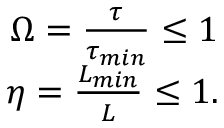
\begin{array} { r } { \Omega = \frac { \tau } { \tau _ { m i n } } \leq 1 } \\ { \eta = \frac { L _ { m i n } } { L } \leq 1 . } \end{array}